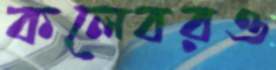
কলেবরও